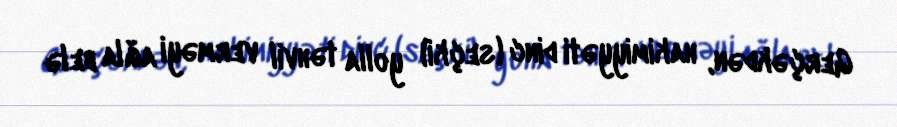
Gerçəkdən, hakimiyyəti dinc (seçki) yolla təhvil verməyi ağla belə